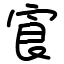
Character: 㝗